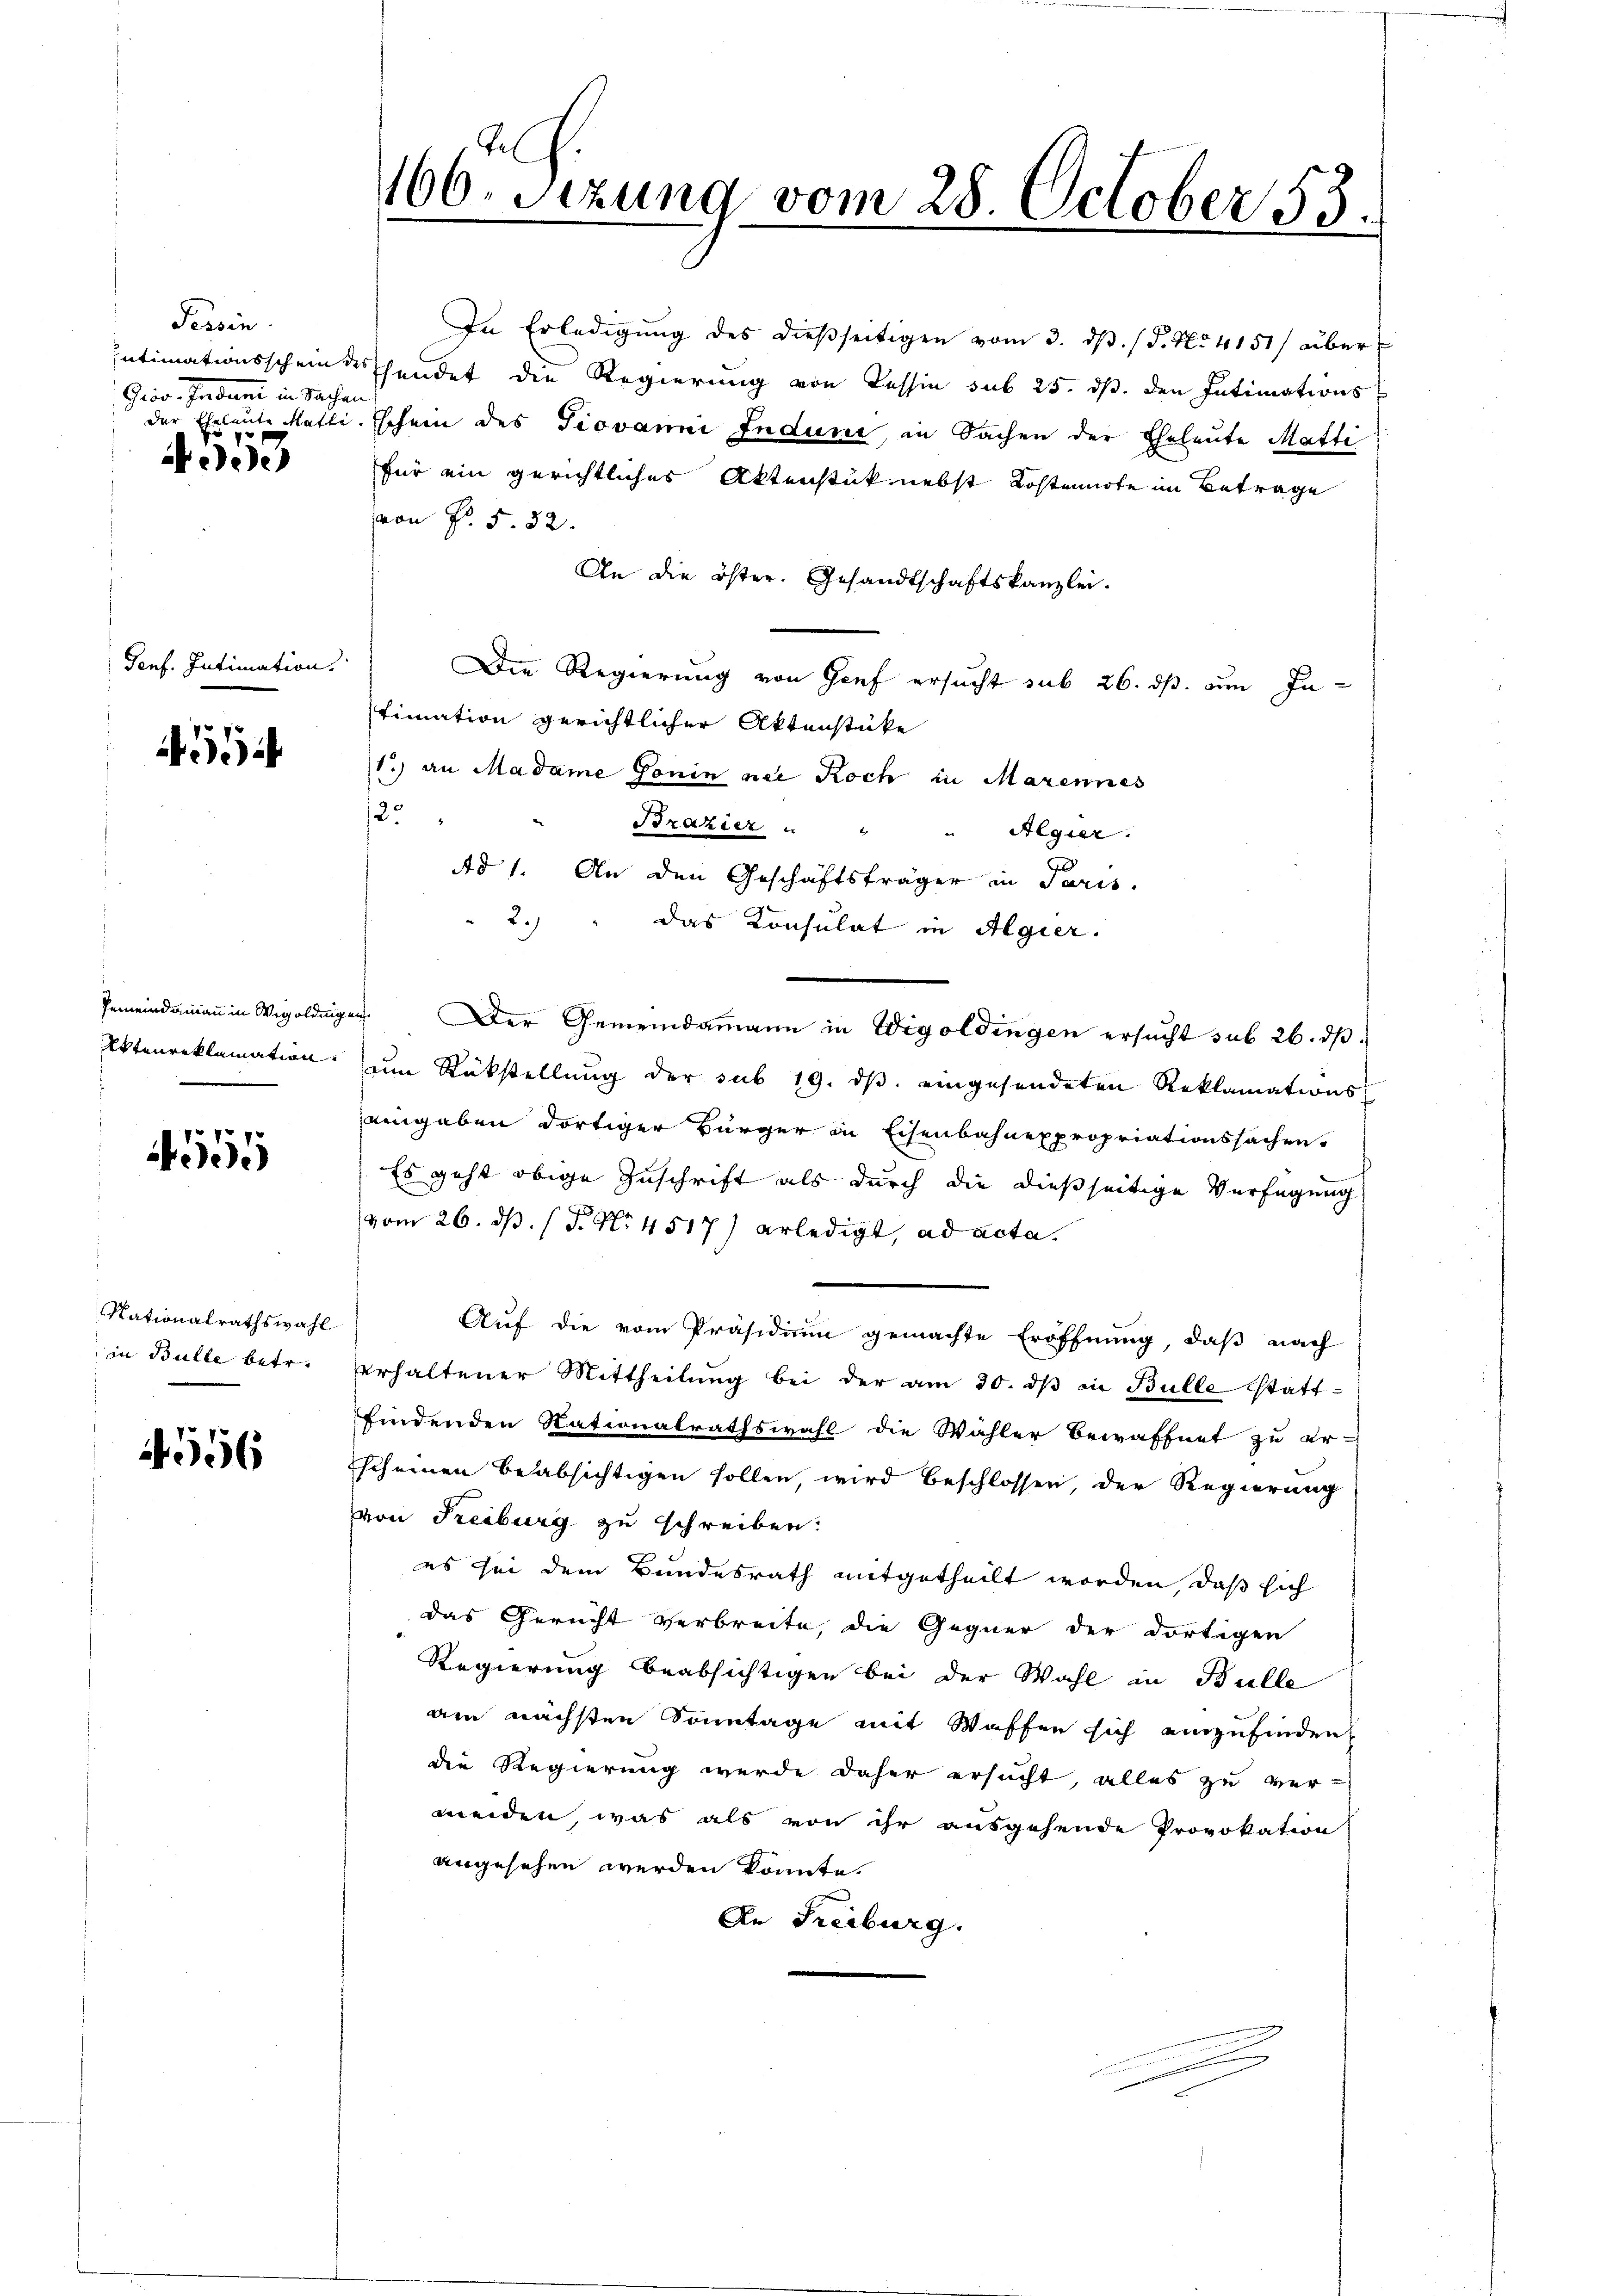
Tessin.
Griv-Indum in Sachen
7

eede

Genf. Intimation.

5

Gemeindammann in Wigoldung
Ettenreklamation.

555

Nationalrathswahl
in Bulle betr.

4556

166. Sizung vom 28. October 53.

In Erledigŭng des dießseitigen vom 3. dβ. (T. No 4151/ über
Intimationsscheindschendet die Regierung von Tessin sub 25. ds. den Intimations
der Eheleute Matti. Eschein des Giovanni Indune, in Sachen der Eheleute Matti
für ein gerichtliches Aktenstük nebst Kostennote im Betrage
von Fr. 5. 52.
An die öster. Gesandtschaftskanzlei.
Die Regierung von Genf ersucht sub 26. ds. um In-
timation gerichtlicher Aktenstücke
1.) an Madame Gonin nei Koch in Marennes
25
Brazier " " " Aegier:
Ad 1. An den Geschäftsträger in Paris.
 2.) " das Konsulat in Algier.
u Der Gemeindammann in Wigoldingen ersucht sub 26. dβ.
zum Rückstellung der sub 19. ds. eingesendeten Reklamationsaingaben dortiger Bürger in Eisenbahnexpropriationssachen.
Es geht obige Zuschrift als durch die dießseitige Verfügung
vom 26. ds. (T. No 4517) erledigt, ad acta.
Auf die vom Präsidium gemachte Eröffnung, daß nach
erhaltener Mittheilŭng bei der am 30. dβ an Bülle statt-
findenden Nationalrathswahl die Wähler Bewaffnet zu er-
scheinen beabsichtigen sollen, wird beschlossen, der Regierung
von Freiburg zu schreiben:
es sei dem Bundesrath mitgetheilt worden, daß sich
das Gericht verbreite, die Gegner der dortigen
Regierung beabsichtigen bei der Wahl in Bulle
am nächsten Sonntage mit Waffen sich einzufinden,
die Regierung wurde daher ersucht, alles zu ver-
meiden, was als von ihr ausgehende Provokation
angesehen werden könnte.
An Freiburg.